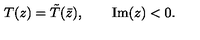
T ( z ) = \tilde { T } ( \bar { z } ) , \qquad \mathrm { I m } ( z ) < 0 .